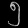
Digit: ၅